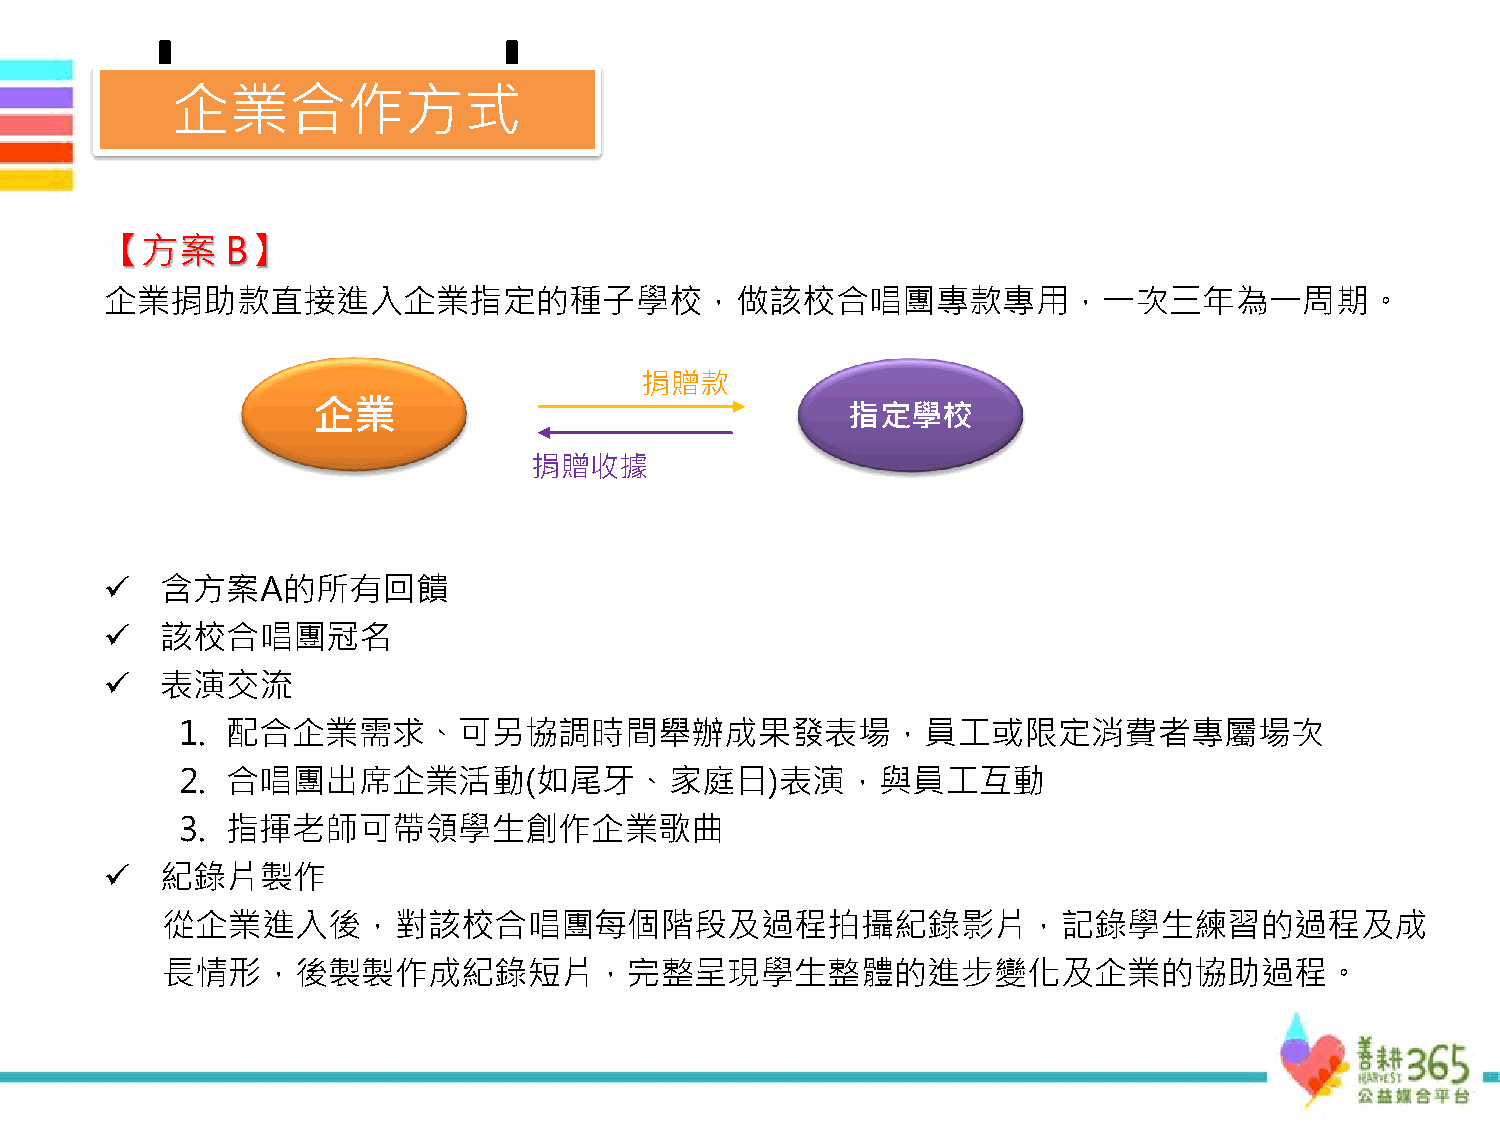
企業合作方式
 【方案     B】
 企業捐助款直接進入企業指定的種子學校，做該校合唱團專款專用，一次三年為一周期。
 捐贈款
 企業                                 指定學校
 捐贈收據
 ✓   含方案A的所有回饋
 ✓   該校合唱團冠名
 ✓   表演交流
 1. 配合企業需求、可另協調時間舉辦成果發表場，員工或限定消費者專屬場次
 2. 合唱團出席企業活動(如尾牙、家庭日)表演，與員工互動
 3. 指揮老師可帶領學生創作企業歌曲
 ✓   紀錄片製作
 從企業進入後，對該校合唱團每個階段及過程拍攝紀錄影片，記錄學生練習的過程及成
 長情形，後製製作成紀錄短片，完整呈現學生整體的進步變化及企業的協助過程。